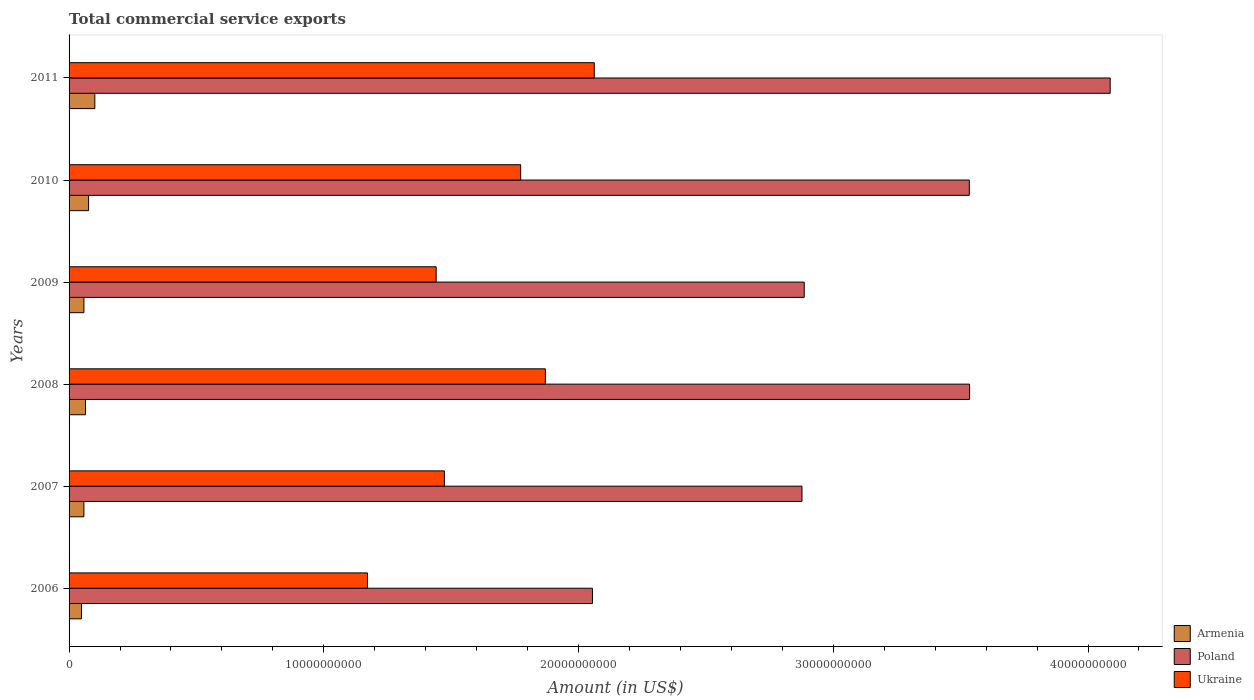
| Years | Armenia | Poland | Ukraine |
 | --- | --- | --- | --- |
 | 2006 | 4.87e+08 | 2.05e+10 | 1.17e+10 |
 | 2007 | 5.82e+08 | 2.88e+10 | 1.47e+10 |
 | 2008 | 6.45e+08 | 3.54e+10 | 1.87e+10 |
 | 2009 | 5.83e+08 | 2.89e+10 | 1.44e+10 |
 | 2010 | 7.66e+08 | 3.53e+10 | 1.77e+10 |
 | 2011 | 1.01e+09 | 4.09e+10 | 2.06e+10 |